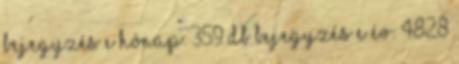
bejegyzés e hónap: 359 db bejegyzés e év: 4828